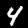
Label: 4